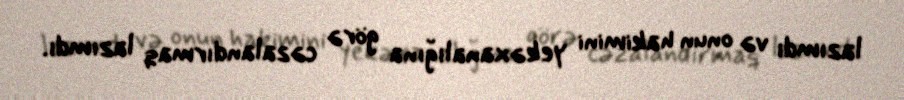
lazımdı və onun hakimini yekəxanalığına görə cəzalandırmaq lazımdı.